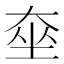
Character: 𡘫